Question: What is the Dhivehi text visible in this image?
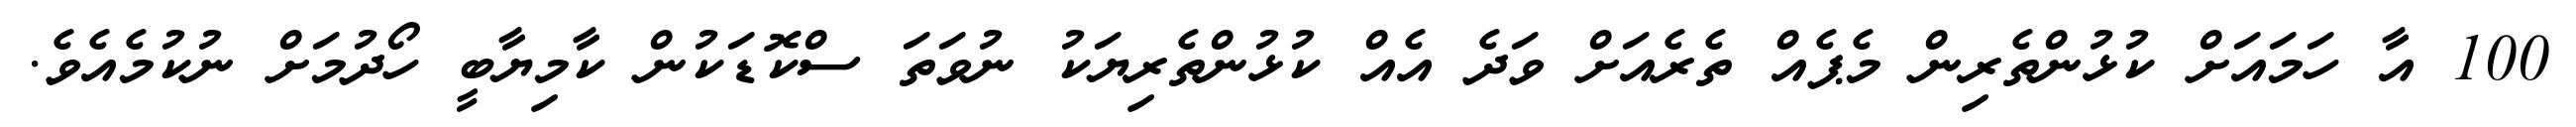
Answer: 100 އާ ހަމައަށް ކުޅުންތެރިން މެޕެއް ތެރެއަށް ވަދެ އެއް ކުޅުންތެރިޔަކު ނުވަތަ ސްކޮޑަކުން ކާމިޔާބީ ހޯދުމަށް ނުކުމެއެވެ.